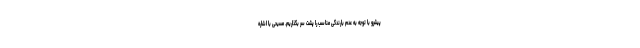
پیشرو با توجه به عدم بارندگی مناسب را پشت سر بگذاریم. مسیحی با اشاره